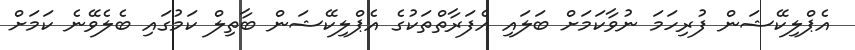
އެޕްލިކޭޝަން ފުރިހަމަ ނުވާކަމަށް ބަލައި އެފަރާތްތަކުގެ އެޕްލިކޭޝަން ބާތިލް ކަމުގައި ބެލެވޭނެ ކަމަށް